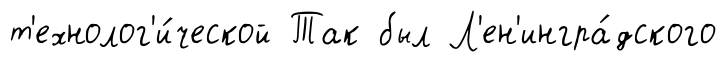
т'ехнолог'и́ческой Так был Л'ен'ингра́дского